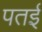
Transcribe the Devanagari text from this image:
पतई